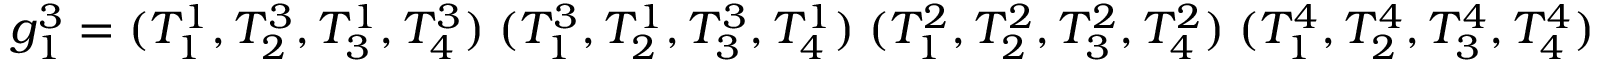
g _ { 1 } ^ { 3 } = ( T _ { 1 } ^ { 1 } , T _ { 2 } ^ { 3 } , T _ { 3 } ^ { 1 } , T _ { 4 } ^ { 3 } ) \; ( T _ { 1 } ^ { 3 } , T _ { 2 } ^ { 1 } , T _ { 3 } ^ { 3 } , T _ { 4 } ^ { 1 } ) \; ( T _ { 1 } ^ { 2 } , T _ { 2 } ^ { 2 } , T _ { 3 } ^ { 2 } , T _ { 4 } ^ { 2 } ) \; ( T _ { 1 } ^ { 4 } , T _ { 2 } ^ { 4 } , T _ { 3 } ^ { 4 } , T _ { 4 } ^ { 4 } )